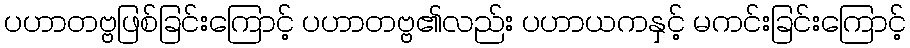
ပဟာတဗ္ဗဖြစ်ခြင်းကြောင့် ပဟာတဗ္ဗ၏လည်း ပဟာယကနှင့် မကင်းခြင်းကြောင့်